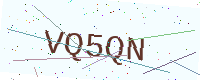
Text: VQ5QN